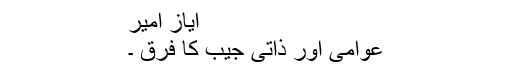
ایاز امیر
عوامی اور ذاتی جیب کا فرق ۔